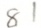
8 1